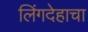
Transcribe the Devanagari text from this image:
लिंगदेहाचा